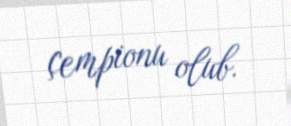
çempionu olub.